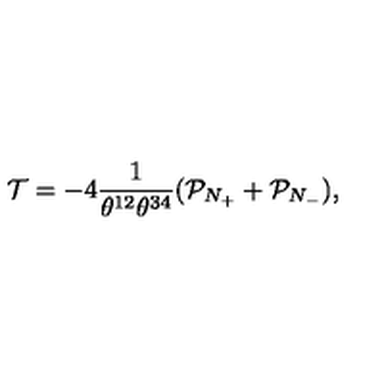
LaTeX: \mathcal { T } = - 4 \frac { 1 } { \theta ^ { 1 2 } \theta ^ { 3 4 } } ( \mathcal { P } _ { N _ { + } } + \mathcal { P } _ { N _ { - } } ) ,